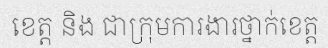
ខេត្ត និង ជាក្រុមការងារថ្នាក់ខេត្ត